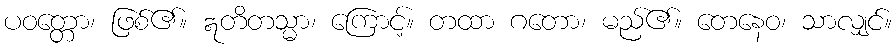
ပဝတ္တော၊ ဖြစ်၏။ ဣတိတသ္မာ၊ ကြောင့်။ တထာ ဂတော၊ မည်၏။ တေနေဝ၊ သာလျှင်။